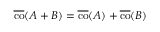
{ \overline { { \operatorname { c o } } } } ( A + B ) = { \overline { { \operatorname { c o } } } } ( A ) + { \overline { { \operatorname { c o } } } } ( B )